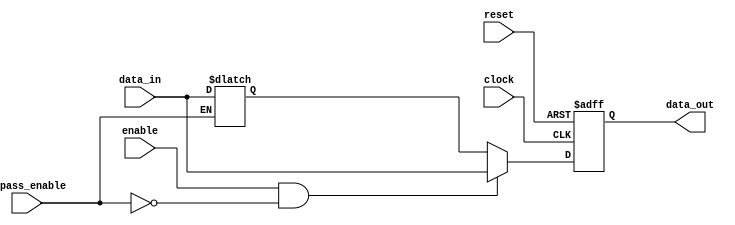
module FallbackBypassRegister (
    input wire clock,
    input wire reset,
    input wire enable,
    input wire bypass_enable,
    input wire [7:0] data_in,
    output reg [7:0] data_out
);

// Registers for storing data
reg [7:0] fallback_data;

// Fallback logic
always @(posedge clock or posedge reset) begin
    if (reset) begin
        data_out <= 8'h00;
    end else begin
        if (enable && !bypass_enable) begin
            data_out <= data_in;
        end else begin
            data_out <= fallback_data;
        end
    end
end

// Assign data_in to fallback_data when bypass_enable is high
always @(*) begin
    if (bypass_enable) begin
        fallback_data <= data_in;
    end
end

endmodule